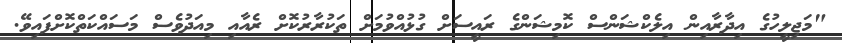
"މަޖިލީހުގެ އިދާރާއިން އިލެކްޝަންސް ކޮމިޝަންގެ ރައީސަށް ގުޅުއްވުމަށް ތަކުރާރުކޮށް ރެއާއި މިއަދުވެސް މަސައްކަތްކޮށްފައިވޭ.